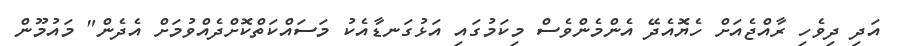
އަދި ދިވެހި ރާއްޖެއަށް ހެޔޮއެދޭ އެންމެންވެސް މިކަމުގައި އަޅުގަނޑާއެކު މަސައްކަތްކޮށްދެއްވުމަށް އެދެން" މައުމޫން